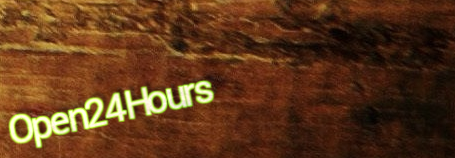
Open24Hours